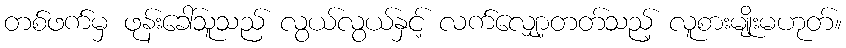
တစ်ဖက်မှ ဖုန်းခေါ်သူသည် လွယ်လွယ်နှင့် လက်လျှော့တတ်သည့် လူစားမျိုးမဟုတ်။